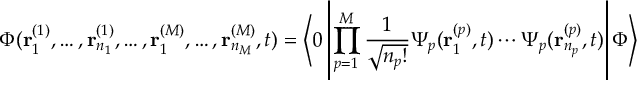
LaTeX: \Phi ( { \bf r } _ { 1 } ^ { ( 1 ) } , \ldots , { \bf r } _ { n _ { 1 } } ^ { ( 1 ) } , \ldots , { \bf r } _ { 1 } ^ { ( M ) } , \ldots , { \bf r } _ { n _ { M } } ^ { ( M ) } , t ) = \left\langle 0 \left| \prod _ { p = 1 } ^ { M } \frac { 1 } { \sqrt { n _ { p } ! } } \Psi _ { p } ( { \bf r } _ { 1 } ^ { ( p ) } , t ) \cdots \Psi _ { p } ( { \bf r } _ { n _ { p } } ^ { ( p ) } , t ) \right| \Phi \right\rangle